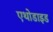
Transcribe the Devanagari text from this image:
एथोडाइड